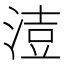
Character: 𰜍